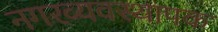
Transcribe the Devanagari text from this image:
नगरव्यवस्थापक